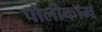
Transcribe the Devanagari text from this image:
पोलीकॉम